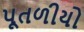
પૂતળીયો